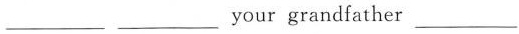
___ ___your grandfather ___